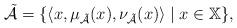
LaTeX: \begin{align*} \Tilde{\mathcal{A}} = \{ \left<x, \mu_{\Tilde{\mathcal{A}}}(x), \nu_{\Tilde{\mathcal{A}}}(x) \right> \mid x\in\mathbb X \},\end{align*}